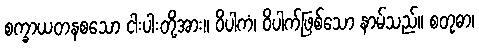
စက္ခာယတနစသော ငါးပါးတို့အား။ ဝိပါကံ၊ ဝိပါက်ဖြစ်သော နာမ်သည်။ စတုဓာ၊